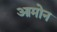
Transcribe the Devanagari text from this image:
आमोन